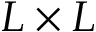
L \times L